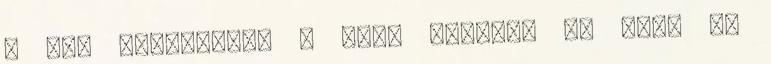
– így kiáltoztak – hadd legyünk mi azok az